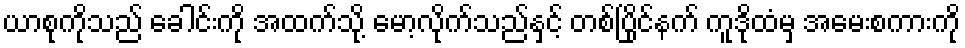
ယာစုကိုသည် ခေါင်းကို အထက်သို့ မော့လိုက်သည်နှင့် တစ်ပြိုင်နက် ကူဒိုထံမှ အမေးစကားကို